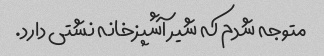
متوجه شدم که شیر آشپزخانه نشتی دارد.